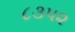
૮૩૫૨